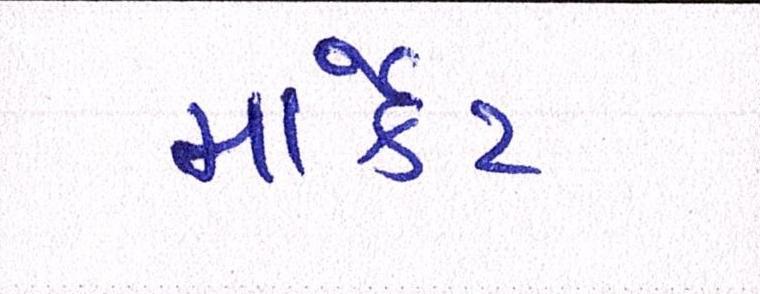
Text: માર્ક઼ટ